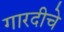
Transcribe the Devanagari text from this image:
गारदीचे